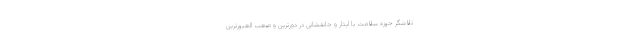
تلاشگر حوزه سلامت با ایثار و جانفشانی در دورترین و صعب العبورترین